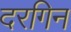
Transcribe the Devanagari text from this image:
दरगिन